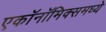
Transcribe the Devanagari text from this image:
एकॉनॉमिक्समध्ये